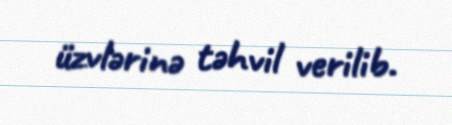
üzvlərinə təhvil verilib.